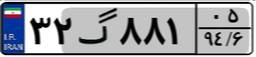
۳۲گ۸۸۱۰۵